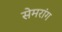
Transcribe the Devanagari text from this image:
सेमरांग